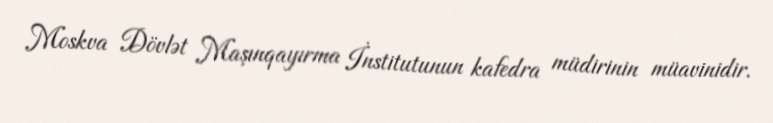
Moskva Dövlət Maşınqayırma İnstitutunun kafedra müdirinin müavinidir.